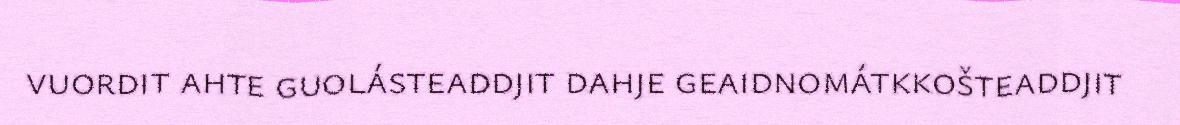
vuordit ahte guolásteaddjit dahje geaidnomátkkošteaddjit